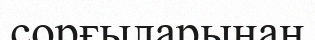
сорғыларынан